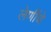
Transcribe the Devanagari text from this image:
लेणींचे